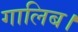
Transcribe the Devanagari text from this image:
गालिब।